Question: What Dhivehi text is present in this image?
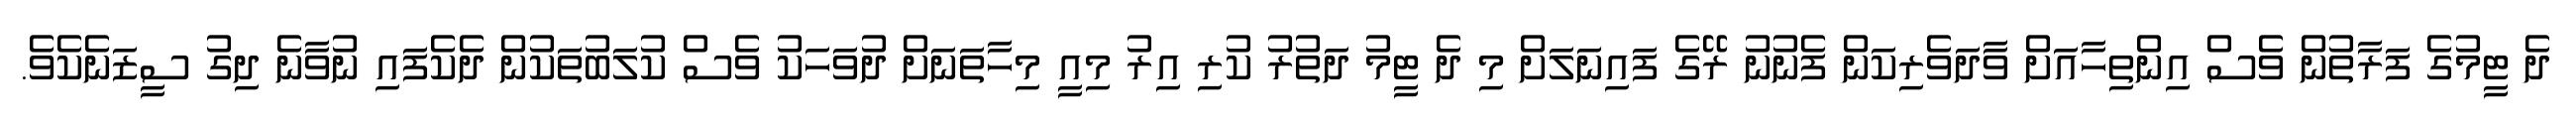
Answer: ދެ ޓީމުގެ ފަރާތުން ވެސް އިންތިހާއަށް ވާދަވެރިކަން ފެނުނު ރޭގެ ފައިނަލަށް މި ދެ ޓީމު ދަތުރު ކުރި އިރު މިއީ މިހާތަނަށް ދުވަހަކު ވެސް ކުލަބުތަކުން ދެކެފައި ނުވާނެ ދިގު ސީޒަނެކެވެ.